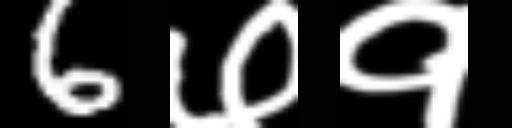
Text: 6७१